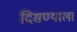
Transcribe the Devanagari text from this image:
दिसण्याला